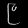
Digit: ၉